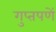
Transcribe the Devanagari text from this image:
गुप्‍तपणें